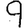
Digit: 9